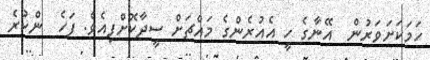
ހަމަކަށަވަރުން  އޭނާގެ ހީ އެއުރެންގެ މައްޗަށް ސީދާކޮށްފިއެވެ. ފަހެ  ންކުރެ